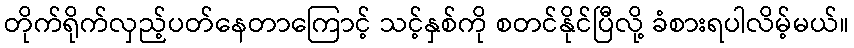
တိုက်ရိုက်လှည့်ပတ်နေတာကြောင့် သင့်နှစ်ကို စတင်နိုင်ပြီလို့ ခံစားရပါလိမ့်မယ်။